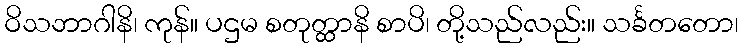
ဝိသဘာဂါနိ၊ ကုန်။ ပဌမ စတုတ္ထာနိ စာပိ၊ တို့သည်လည်း။ သင်္ခတတော၊